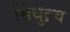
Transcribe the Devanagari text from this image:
सिंधुद्रव